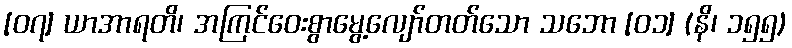
[၀၇] ယာအာရတိ၊ အကြင်ဝေးစွာမွေ့လျော်တတ်သော သဘော [၀၁] (နိ၊ ၁၅၅)